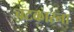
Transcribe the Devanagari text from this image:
चटकारना